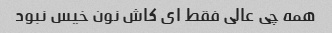
همه چی عالی فقط ای کاش نون خیس نبود